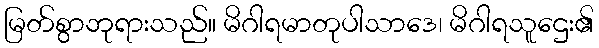
မြတ်စွာဘုရားသည်။ မိဂါရမာတုပါသာဒေ၊ မိဂါရသူဌေး၏